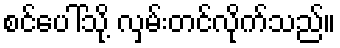
စင်ပေါ်သို့ လှမ်းတင်လိုက်သည်။